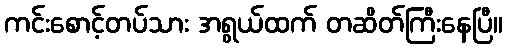
ကင်းစောင့်တပ်သား အရွယ်ထက် တဆိတ်ကြီးနေပြီ။